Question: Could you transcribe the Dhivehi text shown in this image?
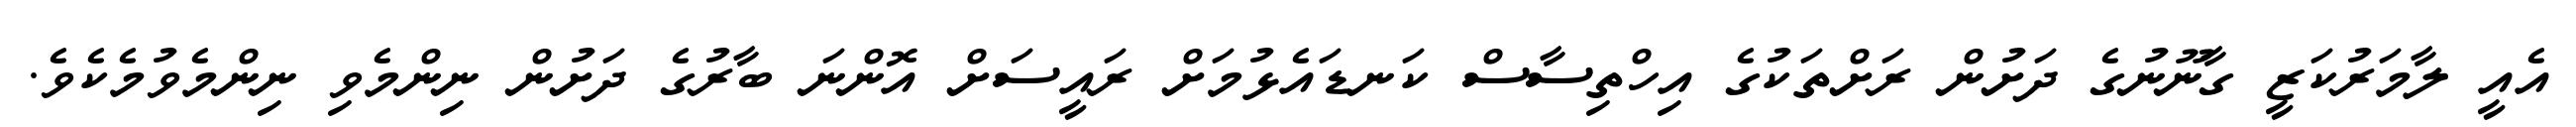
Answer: އެއީ ލާމަރުކަޒީ ގާނޫނުގެ ދަށުން ރަށްތަކުގެ އިހްތިސާސް ކަނޑައެޅުމަށް ރައީސަށް އޮންނަ ބާރުގެ ދަށުން ނިންމެވި ނިންމެވުމެކެވެ.